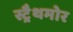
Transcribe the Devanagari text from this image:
स्ट्रैथमोर